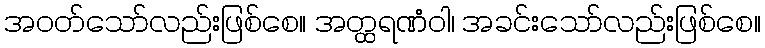
အဝတ်သော်လည်းဖြစ်စေ။ အတ္ထရဏံဝါ၊ အခင်းသော်လည်းဖြစ်စေ။